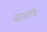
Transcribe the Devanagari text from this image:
महद्वीपिय